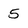
Character: 5